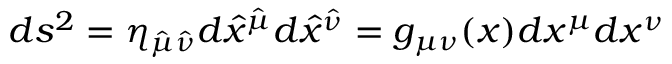
d s ^ { 2 } = \eta _ { \hat { \mu } \hat { \nu } } d \hat { x } ^ { \hat { \mu } } d \hat { x } ^ { \hat { \nu } } = g _ { \mu \nu } ( x ) d x ^ { \mu } d x ^ { \nu }